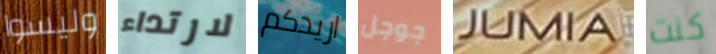
وليسوا لارتداء اريدكم جوجل JUMIA كنت